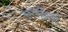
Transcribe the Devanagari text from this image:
बरछियों